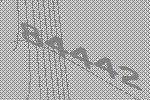
84442